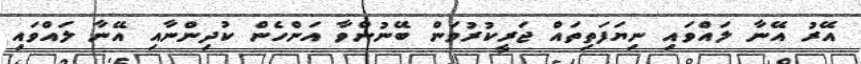
އޭރު އޭނާ ލައްވައި ނިޔަފަތިތައް ޖަރީކުރުވަން ބޭނުންވާ އަންހެން ކުދިންނާއި އޭނާ ލައްވައި